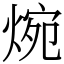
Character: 焥